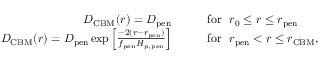
\begin{array} { r l } { D _ { \mathrm { C B M } } ( r ) = D _ { \mathrm { p e n } } \qquad } & { \mathrm { f o r } \ \ r _ { 0 } \leq r \leq r _ { \mathrm { p e n } } } \\ { D _ { \mathrm { C B M } } ( r ) = D _ { \mathrm { p e n } } \exp \left[ \frac { - 2 ( r - r _ { \mathrm { p e n } } ) } { f _ { \mathrm { p e n } } H _ { \mathrm { p , p e n } } } \right] \qquad } & { \mathrm { f o r } \ \ r _ { \mathrm { p e n } } < r \leq r _ { \mathrm { C B M } } , } \end{array}